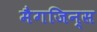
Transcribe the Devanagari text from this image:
मैगजिन्स